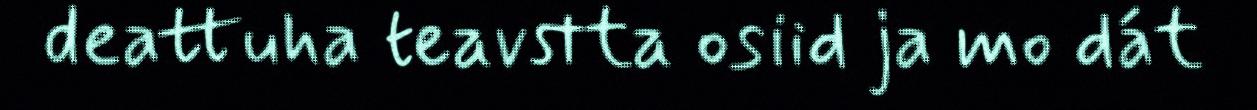
deattuha teavstta osiid ja mo dát